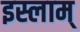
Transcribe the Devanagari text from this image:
इस्लाम्